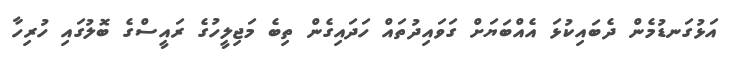
އަޅުގަނޑުމެން ދެބައިކުޅަ އެއްބަޔަށް ގަވައިދުތައް ހަދައިގެން ތިބެ މަޖިލީހުގެ ރައީސްގެ ބޮލުގައި ހުރިހާ